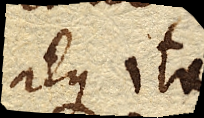
atque ita